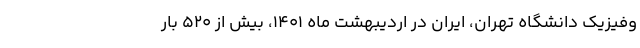
وفیزیک دانشگاه تهران، ایران در اردیبهشت ماه ۱۴۰۱، بیش از ۵۲۰ بار